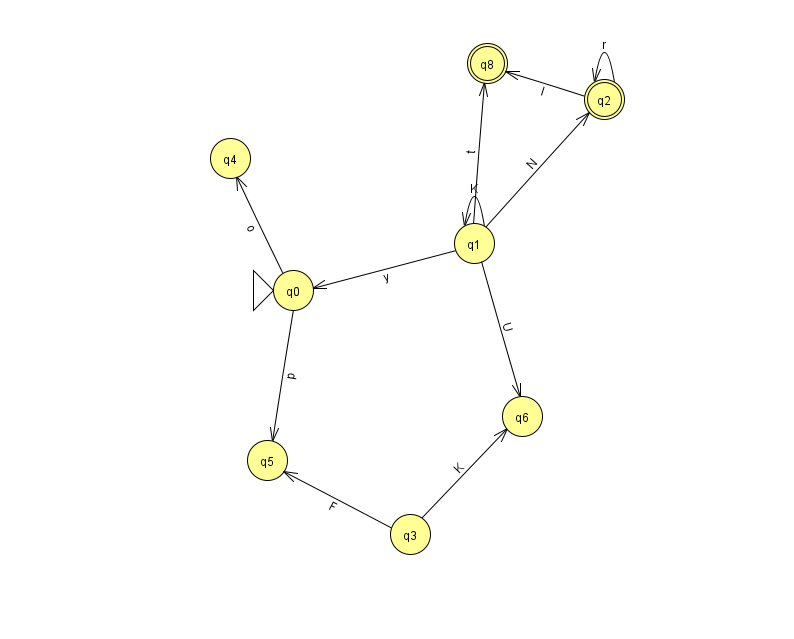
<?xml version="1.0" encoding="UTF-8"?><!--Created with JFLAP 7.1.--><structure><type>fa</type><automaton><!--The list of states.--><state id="0" name="q0"><x>293.0</x><y>277.0</y><initial/></state><state id="1" name="q1"><x>474.0</x><y>230.0</y></state><state id="2" name="q2"><x>604.0</x><y>86.0</y><final/></state><state id="3" name="q3"><x>410.0</x><y>521.0</y></state><state id="4" name="q4"><x>230.0</x><y>145.0</y></state><state id="5" name="q5"><x>267.0</x><y>447.0</y></state><state id="6" name="q6"><x>522.0</x><y>403.0</y></state><state id="8" name="q8"><x>487.0</x><y>50.0</y><final/></state><!--The list of transitions.--><transition><from>2</from><to>2</to><read>r</read></transition><transition><from>3</from><to>6</to><read>K</read></transition><transition><from>1</from><to>8</to><read>t</read></transition><transition><from>0</from><to>5</to><read>p</read></transition><transition><from>1</from><to>0</to><read>y</read></transition><transition><from>1</from><to>6</to><read>U</read></transition><transition><from>3</from><to>5</to><read>F</read></transition><transition><from>1</from><to>1</to><read>K</read></transition><transition><from>1</from><to>2</to><read>N</read></transition><transition><from>2</from><to>8</to><read>I</read></transition><transition><from>0</from><to>4</to><read>o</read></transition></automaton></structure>